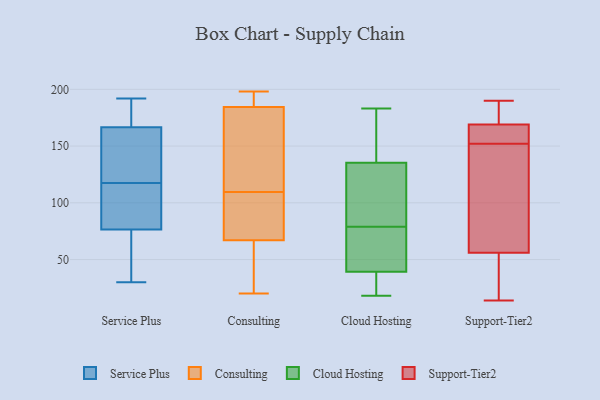
{"axis": {"x": "Production Output", "y": "Value"}, "legend": ["Cloud Hosting", "Consulting", "Service Plus", "Support-Tier2"], "data": [{"x": "", "y": 177, "type": "Service Plus"}, {"x": "", "y": 144, "type": "Service Plus"}, {"x": "", "y": 131, "type": "Service Plus"}, {"x": "", "y": 30, "type": "Service Plus"}, {"x": "", "y": 161, "type": "Service Plus"}, {"x": "", "y": 54, "type": "Service Plus"}, {"x": "", "y": 72, "type": "Service Plus"}, {"x": "", "y": 192, "type": "Service Plus"}, {"x": "", "y": 104, "type": "Service Plus"}, {"x": "", "y": 89, "type": "Service Plus"}, {"x": "", "y": 70, "type": "Service Plus"}, {"x": "", "y": 189, "type": "Service Plus"}, {"x": "", "y": 81, "type": "Service Plus"}, {"x": "", "y": 84, "type": "Service Plus"}, {"x": "", "y": 161, "type": "Service Plus"}, {"x": "", "y": 172, "type": "Service Plus"}, {"x": "", "y": 184, "type": "Service Plus"}, {"x": "", "y": 151, "type": "Service Plus"}, {"x": "", "y": 94, "type": "Service Plus"}, {"x": "", "y": 71, "type": "Service Plus"}, {"x": "", "y": 194, "type": "Consulting"}, {"x": "", "y": 86, "type": "Consulting"}, {"x": "", "y": 183, "type": "Consulting"}, {"x": "", "y": 47, "type": "Consulting"}, {"x": "", "y": 90, "type": "Consulting"}, {"x": "", "y": 198, "type": "Consulting"}, {"x": "", "y": 121, "type": "Consulting"}, {"x": "", "y": 140, "type": "Consulting"}, {"x": "", "y": 186, "type": "Consulting"}, {"x": "", "y": 63, "type": "Consulting"}, {"x": "", "y": 20, "type": "Consulting"}, {"x": "", "y": 71, "type": "Consulting"}, {"x": "", "y": 147, "type": "Consulting"}, {"x": "", "y": 60, "type": "Consulting"}, {"x": "", "y": 194, "type": "Consulting"}, {"x": "", "y": 98, "type": "Consulting"}, {"x": "", "y": 18, "type": "Cloud Hosting"}, {"x": "", "y": 49, "type": "Cloud Hosting"}, {"x": "", "y": 124, "type": "Cloud Hosting"}, {"x": "", "y": 24, "type": "Cloud Hosting"}, {"x": "", "y": 53, "type": "Cloud Hosting"}, {"x": "", "y": 79, "type": "Cloud Hosting"}, {"x": "", "y": 183, "type": "Cloud Hosting"}, {"x": "", "y": 90, "type": "Cloud Hosting"}, {"x": "", "y": 138, "type": "Cloud Hosting"}, {"x": "", "y": 147, "type": "Cloud Hosting"}, {"x": "", "y": 32, "type": "Cloud Hosting"}, {"x": "", "y": 155, "type": "Cloud Hosting"}, {"x": "", "y": 51, "type": "Cloud Hosting"}, {"x": "", "y": 183, "type": "Cloud Hosting"}, {"x": "", "y": 38, "type": "Cloud Hosting"}, {"x": "", "y": 127, "type": "Cloud Hosting"}, {"x": "", "y": 39, "type": "Cloud Hosting"}, {"x": "", "y": 102, "type": "Cloud Hosting"}, {"x": "", "y": 40, "type": "Cloud Hosting"}, {"x": "", "y": 185, "type": "Support-Tier2"}, {"x": "", "y": 183, "type": "Support-Tier2"}, {"x": "", "y": 190, "type": "Support-Tier2"}, {"x": "", "y": 111, "type": "Support-Tier2"}, {"x": "", "y": 136, "type": "Support-Tier2"}, {"x": "", "y": 160, "type": "Support-Tier2"}, {"x": "", "y": 152, "type": "Support-Tier2"}, {"x": "", "y": 16, "type": "Support-Tier2"}, {"x": "", "y": 169, "type": "Support-Tier2"}, {"x": "", "y": 21, "type": "Support-Tier2"}, {"x": "", "y": 14, "type": "Support-Tier2"}, {"x": "", "y": 130, "type": "Support-Tier2"}, {"x": "", "y": 57, "type": "Support-Tier2"}, {"x": "", "y": 169, "type": "Support-Tier2"}, {"x": "", "y": 152, "type": "Support-Tier2"}, {"x": "", "y": 163, "type": "Support-Tier2"}, {"x": "", "y": 53, "type": "Support-Tier2"}]}